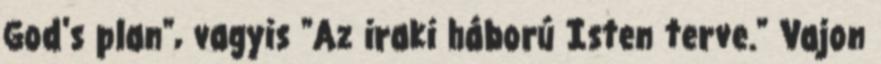
God's plan", vagyis "Az iraki háború Isten terve." Vajon